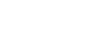
ကြိုးပမ်းပြီး